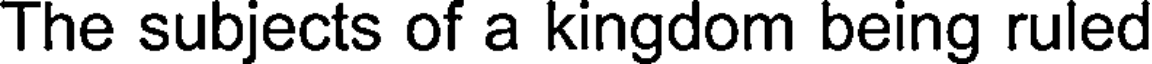
The subjects of a kingdom being ruled